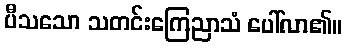
ပီသသော သတင်းကြေညာသံ ပေါ်လာ၏။